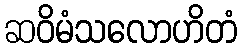
ဆဝိမံသလောဟိတံ